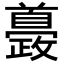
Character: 𩠰